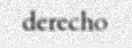
derecho